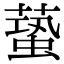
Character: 𧏤